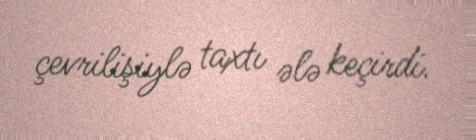
çevrilişiylə taxtı ələ keçirdi.